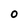
Character: 0